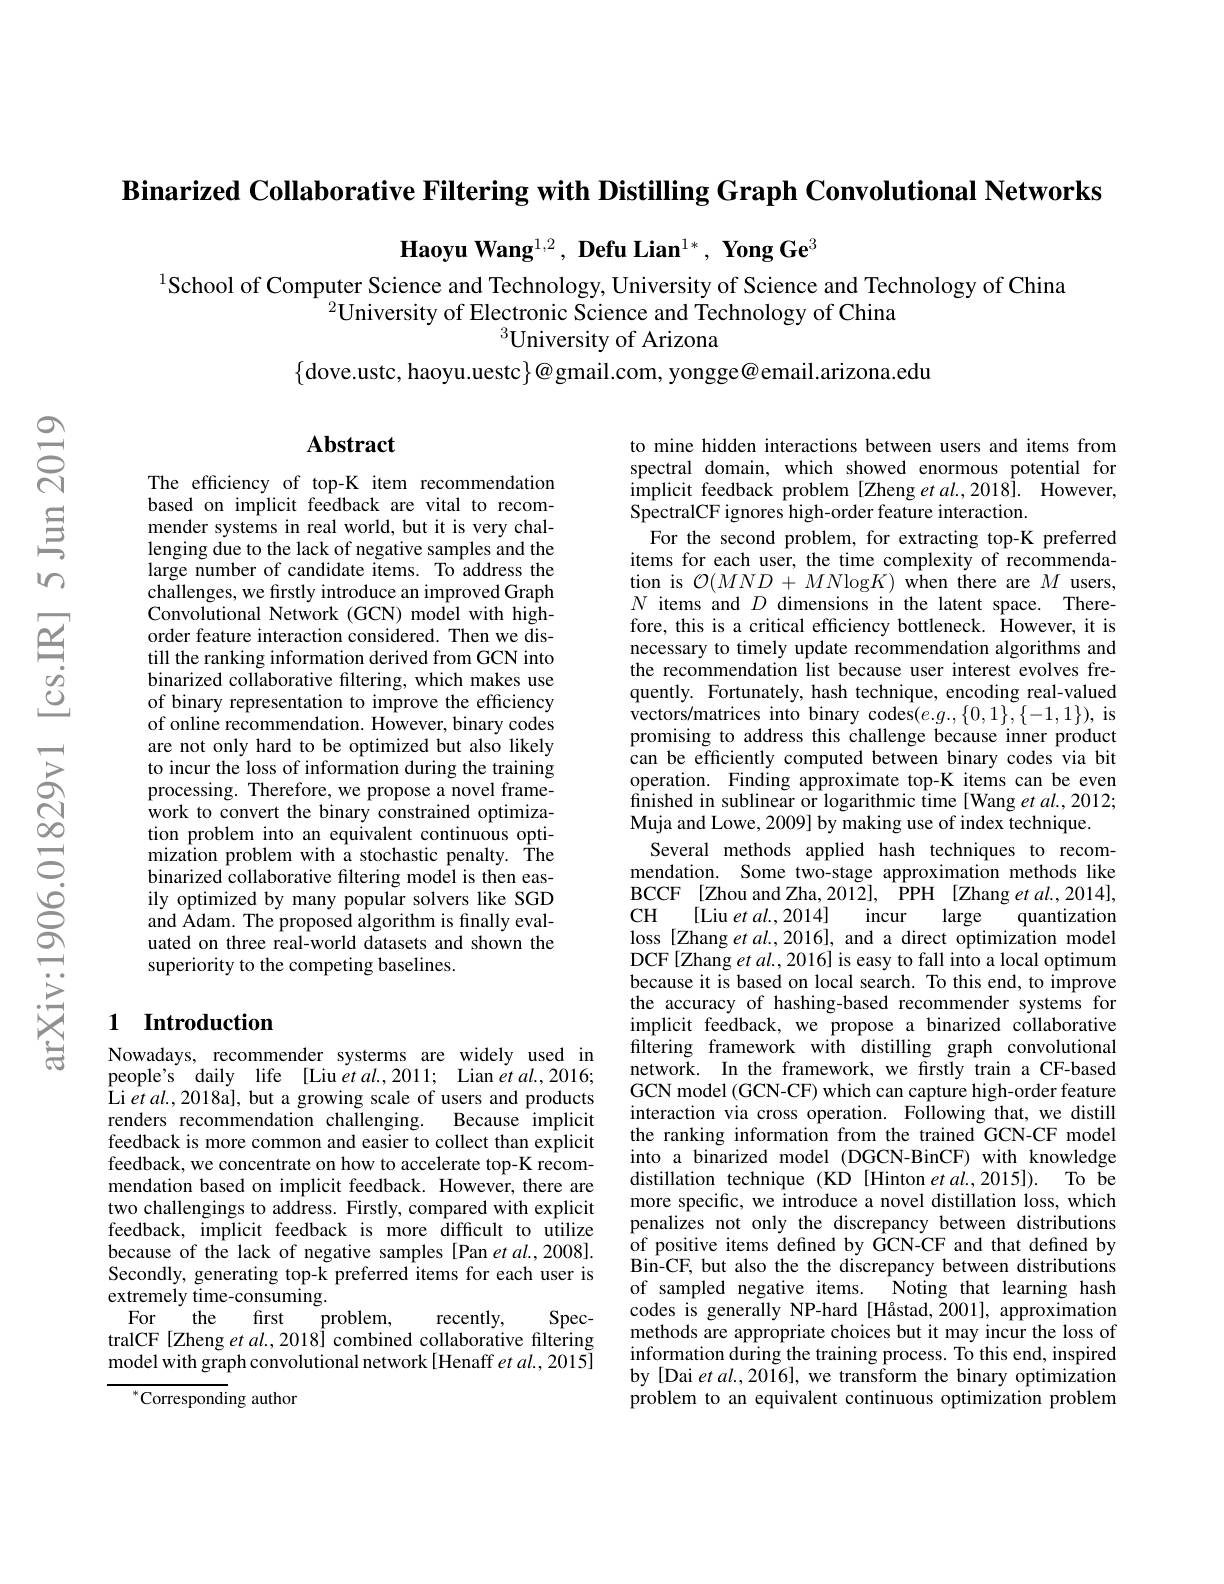
Binarized Collaborative Filtering with Distilling Graph Convolutional Networks

$\textbf{Haoyu Wang}^{1,2},\textbf{ Defu Lian}^{1*},\textbf{ Yong Ge}^3$

$^{1}$School of Computer Science and Technology, University of Science and Technology of China
$^{2}$University of Electronic Science and Technology of China
$^{3}$University of Arizona
$\{$dove.ustc, haoyu.uestc$\}@$gmail.com, yongge@email.arizona.edu

## Abstract

The efficiency of top-K item recommendation based on implicit feedback are vital to recommender systems in real world, but it is very challenging due to the lack of negative samples and the large number of candidate items. To address the challenges, we firstly introduce an improved Graph Convolutional Network (GCN) model with highorder feature interaction considered. Then we distill the ranking information derived from GCN into binarized collaborative filtering, which makes use of binary representation to improve the efficiency of online recommendation. However, binary codes are not only hard to be optimized but also likely to incur the loss of information during the training processing. Therefore, we propose a novel framework to convert the binary constrained optimization problem into an equivalent continuous optimization problem with a stochastic penalty. Îhe binarized collaborative filtering model is then easily optimized by many popular solvers like SGD and Adam. The proposed algorithm is finally evaluated on three real-world datasets and shown the superiority to the competing baselines.

## 1 Introduction

Nowadays, recommender systerms are widely used in people's daily life [Liu et al.,2011; Lian et al.,2016; Li et al., 2018a], but a growing scale of users and products renders recommendation challenging. Because implicit feedback is more common and easier to collect than explicit feedback, we concentrate on how to accelerate top-K recommendation based on implicit feedback. However, there are two challengings to address. Firstly, compared with explicit feedback, implicit feedback is more difficult to utilize because of the lack of negative samples [Pan et al.,2008]. Secondly, generating top-k preferred items for each user is extremely time-consuming.
For the
first
problem,
recently,
$Spec-$
tralCF[Zheng et al.,2018] combined collaborative filtering

model with graph convolutional network[Henaff et al., 2015]

$^{*}$Corresponding author

to mine hidden interactions between users and items from spectral domain, which showed enormous potential for implicit feedback problem [Zheng et al.,2018]. However, SpectralCF ignores high-order feature interaction.
For the second problem, for extracting top-K preferred items for each user, the time complexity of recommendation is $\mathcal{O}(MND+MN$log$K)$ when there are $M$ users, $N$ items and $D$ dimensions in the latent space. Therefore, this is a critical efficiency bottleneck. However, it is necessary to timely update recommendation algorithms and the recommendation list because user interest evolves frequently. Fortunately, hash technique, encoding real-valued $\dot{\text{vectors/matrices into binary codes}}(e.g.,\{0,1\},\{-1,1\})$,is promising to address this challenge because inner product can be efficiently computed between binary codes via bit operation. Finding approximate top-K items can be even finished in sublinear or logarithmic time [Wang et al., 2012; Muja and Lowe, 2009] by making use of index technique.
Several methods applied hash techniques to recommendation. Some two-stage approximation methods like BCCF [Zhou and Zha, 2012], PPH [Zhang et al., 2014], $CH$
[Liu et al.,2014]
incur
quantization
large
loss [Zhang et $al.,2016]$, and a direct optimization model DCF[Zhang et al., 2016] is easy to fall into a local optimum because it is based on local search. To this end, to improve the accuracy of hashing-based recommender systems for implicit feedback, we propose a binarized collaborative filtering framework with distilling graph convolutional network. In the framework, we firstly train a CF-based GCN model (GCN-CF) which can capture high-order feature interaction via cross operation. Following that, we distill the ranking information from the trained GCN-CF model into a binarized model (DGCN-BinCF) with knowledge distillation technique (KD [Hinton et al.,2015]). To be more specific, we introduce a novel distillation loss, which penalizes not only the discrepancy between distributions of positive items defined by GCN-CF and that defined by $\hat{\text{Bin-CF, but also the the discrepancy between distributions}}$ of sampled negative items.
Noting that learning hash
codes is generally NP-hard [Håstad, Z001], approximation methods are appropriate choices but it may incur the loss of information during the training process. To this end, inspired by [Dai et al., 2016], we transform the binary optimization problem to an equivalent continuous optimization problem